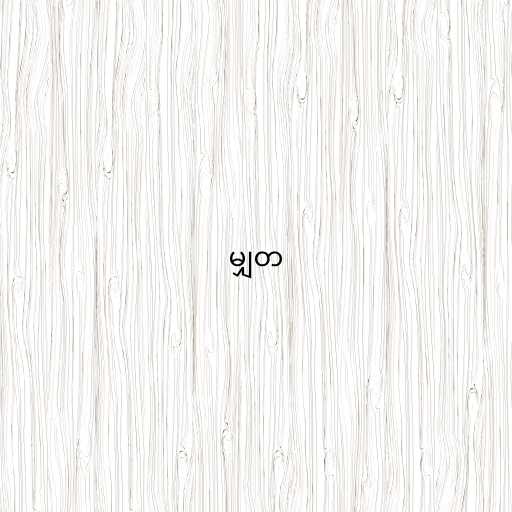
မျှတ